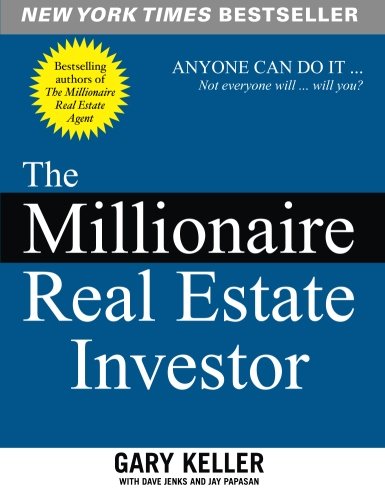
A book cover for The Millionaire Real Estate Investor; Gary Keller; Business & Money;